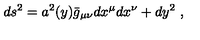
d s ^ { 2 } = a ^ { 2 } ( y ) \bar { g } _ { \mu \nu } d x ^ { \mu } d x ^ { \nu } + d y ^ { 2 } \ ,